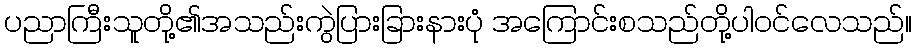
ပညာကြီးသူတို့၏အသည်းကွဲပြားခြားနားပုံ အကြောင်းစသည်တို့ပါဝင်လေသည်။